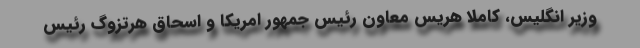
وزیر انگلیس، کاملا هریس معاون رئیس جمهور امریکا و اسحاق هرتزوگ رئیس